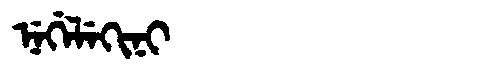
Manchu: ᠨᡝᡤᡝᠯᡝᡴᡳᠨᡳ
Romanization: NEGELEKINI